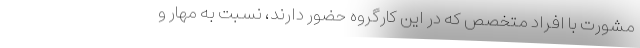
مشورت با افراد متخصص که در این کارگروه حضور دارند، نسبت به مهار و